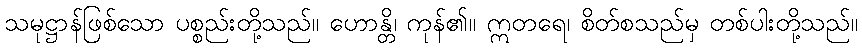
သမုဋ္ဌာန်ဖြစ်သော ပစ္စည်းတို့သည်။ ဟောန္တိ၊ ကုန်၏။ ဣတရေ၊ စိတ်စသည်မှ တစ်ပါးတို့သည်။